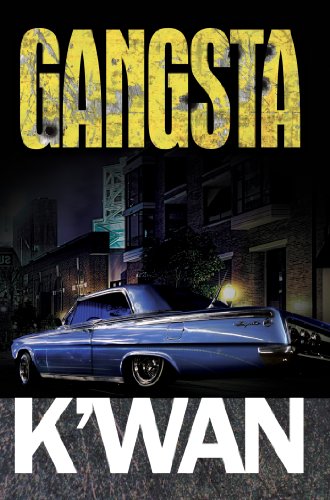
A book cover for Gangsta (Urban Books); K'wan; Literature & Fiction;